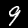
Label: 9